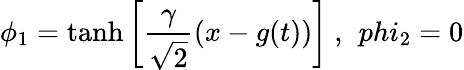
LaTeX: \phi_{1}=\operatorname{tanh}\left[{\frac{\gamma}{\sqrt{2}}}(x-g(t))\right]\ ,\ \, phi_{2}=0